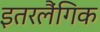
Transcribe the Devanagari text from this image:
इतरलैंगिक